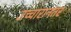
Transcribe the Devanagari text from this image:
उच्चारानंतर